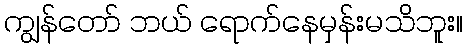
ကျွန်တော် ဘယ် ရောက်နေမှန်းမသိဘူး။